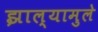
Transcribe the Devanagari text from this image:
झाल्यामुले